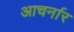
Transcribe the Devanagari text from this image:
आचर्नार